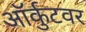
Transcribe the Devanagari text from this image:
ऑर्कुटवर